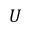
U